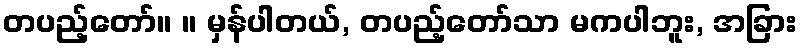
တပည့်တော်။ ။ မှန်ပါတယ်, တပည့်တော်သာ မကပါဘူး, အခြား